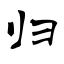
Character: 归